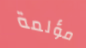
مؤلمة